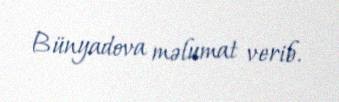
Bünyadova məlumat verib.